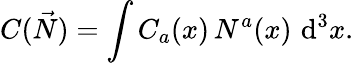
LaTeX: C({\vec{N}})=\int C_{a}(x)\, N^{a}(x)\, \operatorname{d}^{3}\! x.